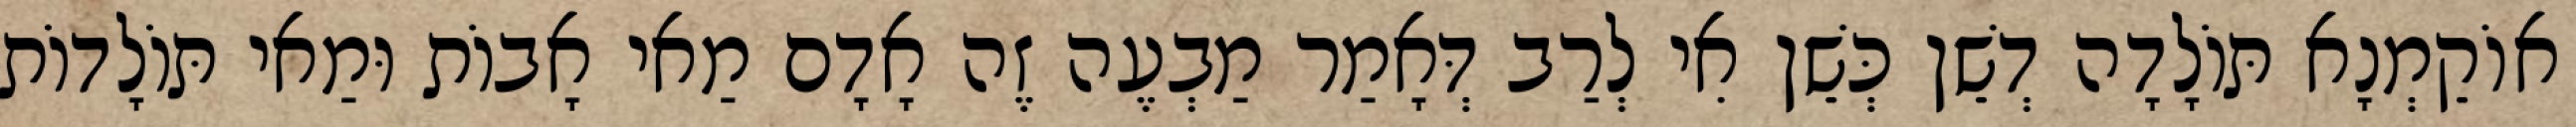
אוֹקֵמְנָא תּוֹלָדָה דְשֵׁן כְּשֵׁן אִי לְרַב דְּאָמַר מַבְעֶה זֶה אָדָם מַאי אָבוֹת וּמַאי תּוֹלָדוֹת